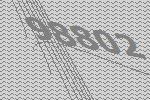
98802